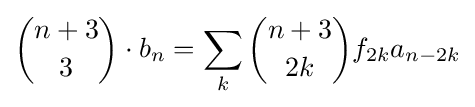
{\binom {n+3}{3}}\cdot b_{n}=\sum _{k}{\binom {n+3}{2k}}f_{2k}a_{n-2k}